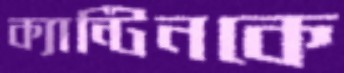
ক্যান্টিনকে